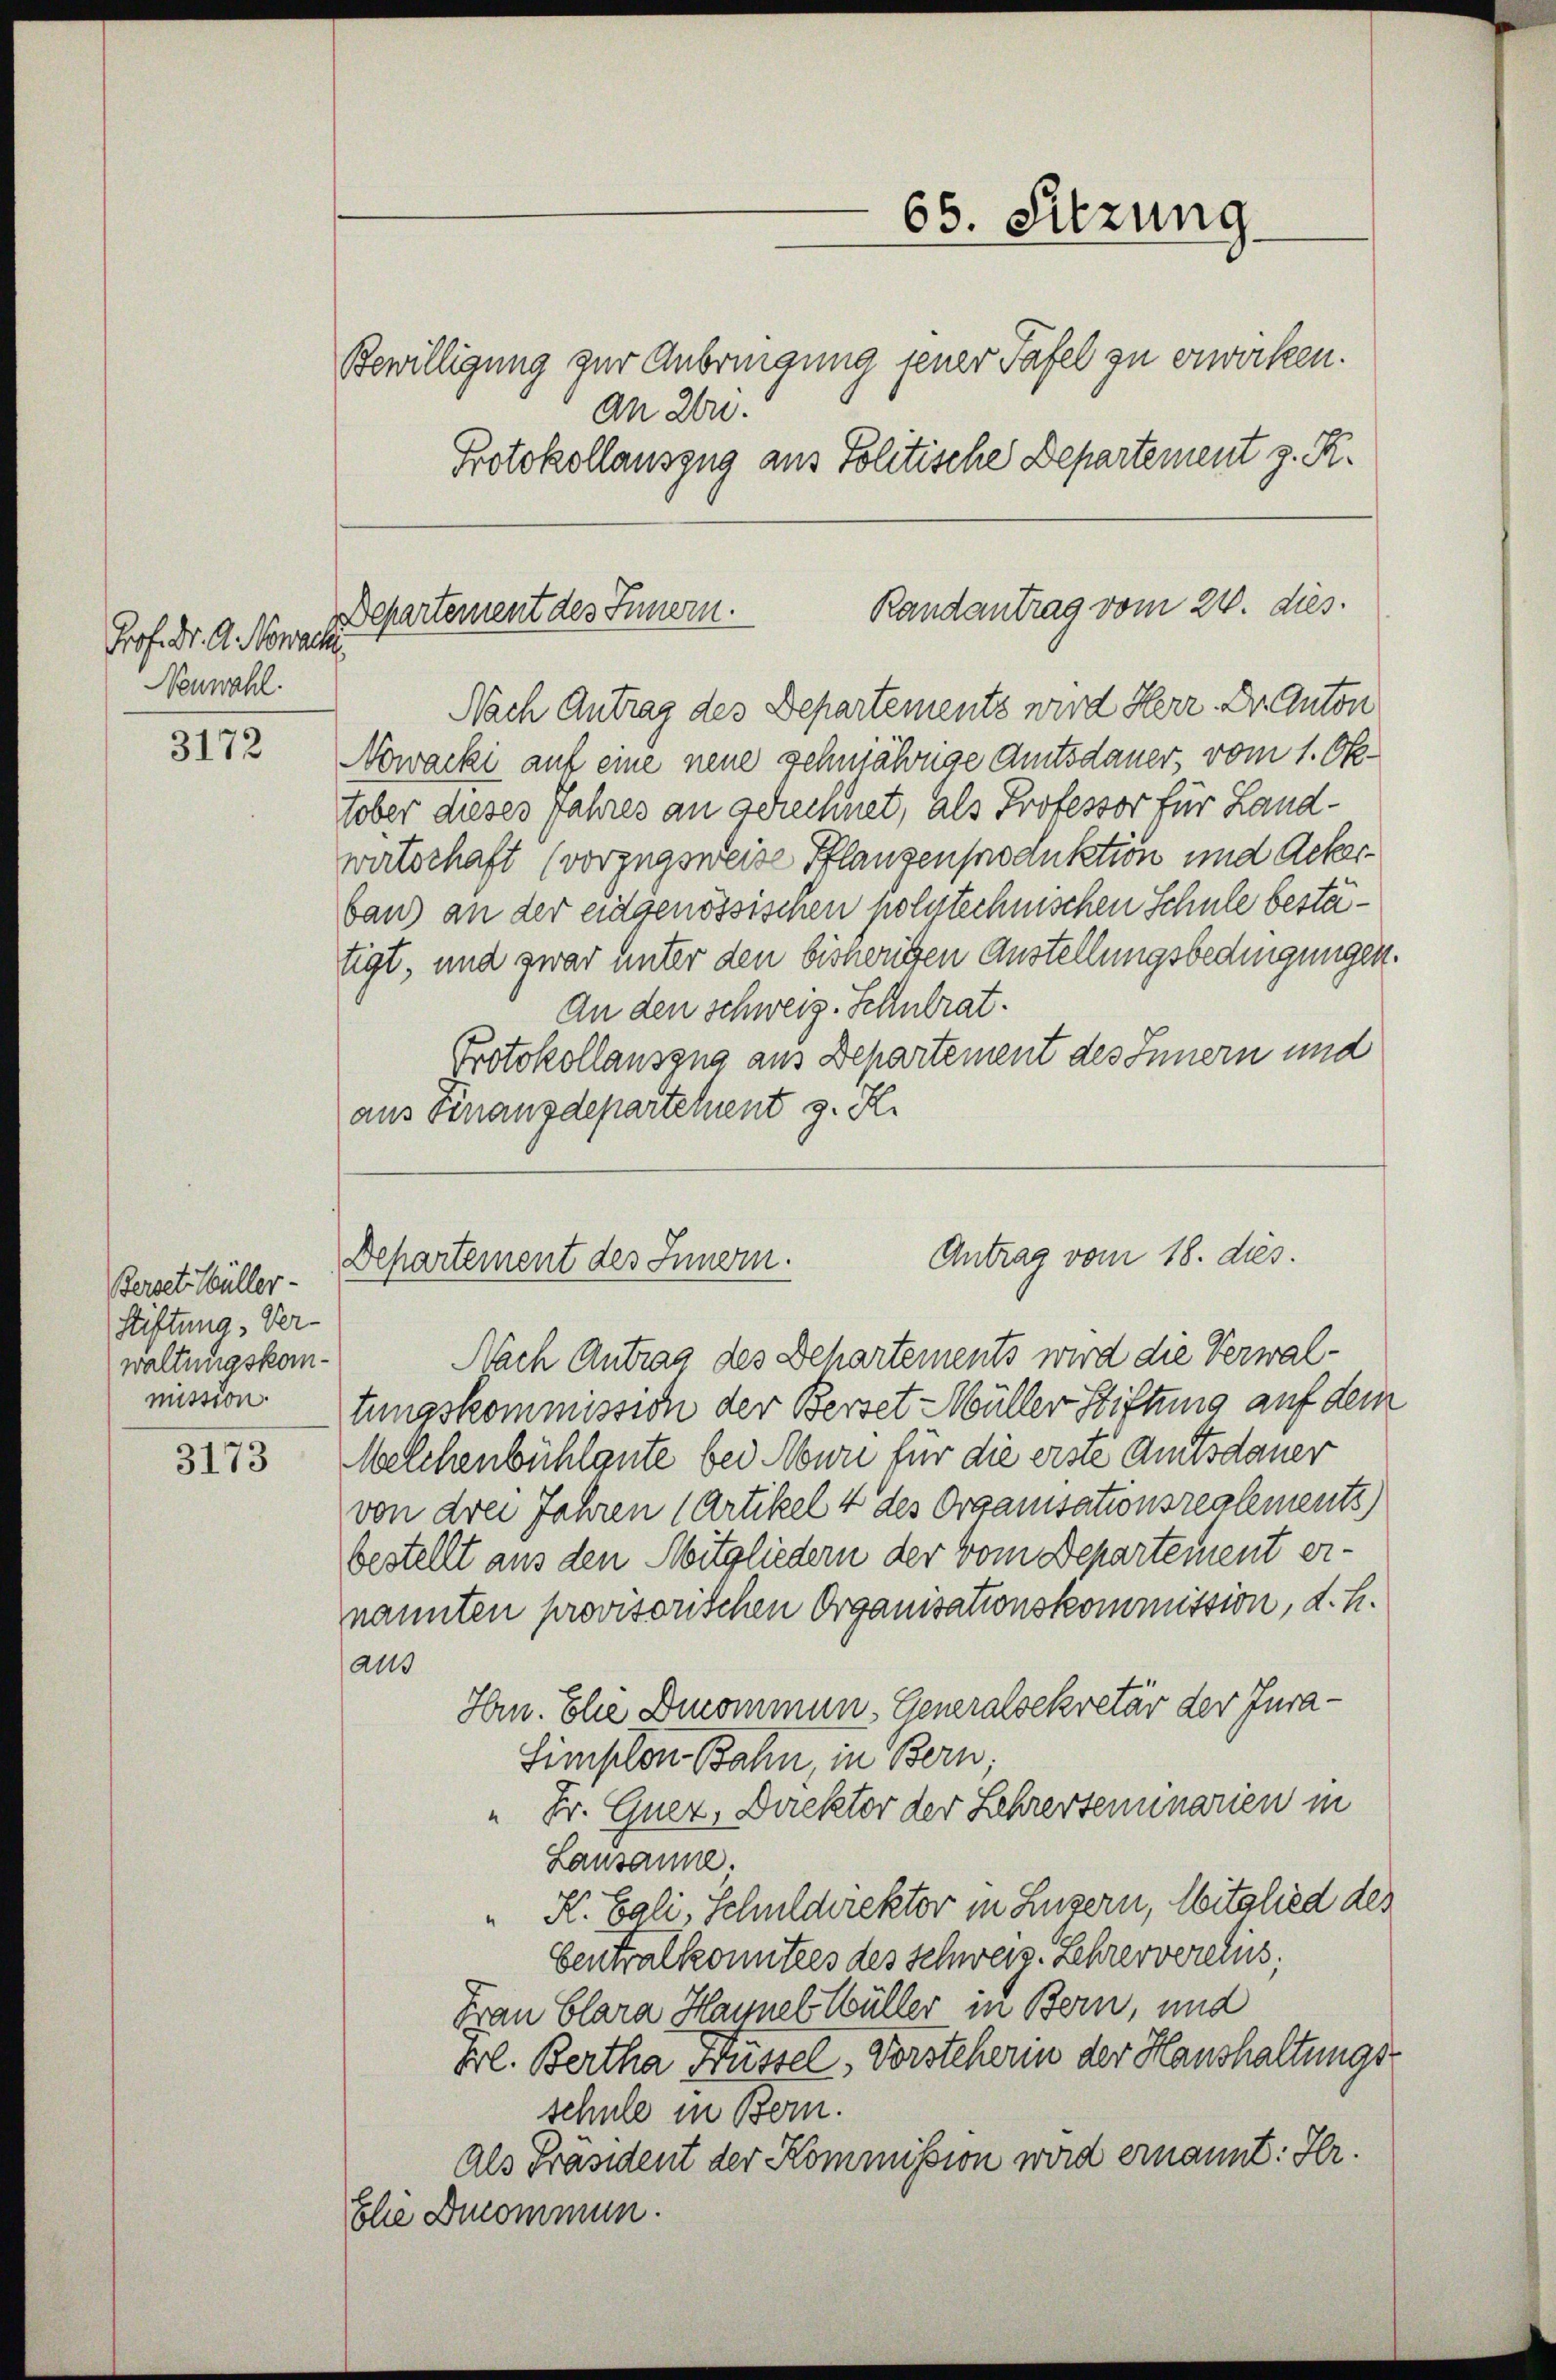
Prof. Dr. A. Nowach
Neuwahl.

3172

Berst Müller-
Stiftung, Ver-
waltungskommission.

3173

Bewilligung zur Anbringung jener Tafel zu erwirken.
An Zn.
Protokollauszug aus Politische Departement z. R.

Randantrag vom 24. dies
Departement des Innern.

Departement des Innern.

65. Sitzung.

Nach Antrag des Departements wird Herr Dr. Auton
Nowacki auf eine neue zehnjährige Amtsdauer, vom 1. Oktober dieses Jahres an schechnet, als Professor für Landwirtschaft (vorzugsweise Pflanzenproduktion und Ackerbaus an der eidgenössischen polytechnischen Schule bestätigt, und zwar unter den bisherigen Austellungsbedingungen.
An den schweiz. Schulrat.
Protokollauszug aus Departement des Innern und
aus Finanzdepartement z. R.
Antrag vom 18. dies.

Nach Antrag des Behartements wird die Verwaltungskommission der Berset Müller Stiftung auf dem
Melchenbühlgute bei Muri für die erste Amtsdauer
von drei Jahren (Artikel 4 des Organisationsreglements)
bestellt aus den Mitgliedern der vom Departement ernannten provisorischen Organisationskommission, d. h.
ato
Hrn. Elie Denommen, Generalsekretär der Jura-
Simplon Bahn, in Bern
" Dr. Guer, Direktor der Lehrerseminarien in
Lausanne,
K. Gali, Schuldirektor in Luzern, Mitglied des
bentralkomitees des Schweiz. Lehrerverelins.
Frau Clara Haunel Müller in Bern, und
Frl. Bertha Küssel, Vorsteherin der Haushaltungsschule in Bern.
Als Präsident der Kommission wird ernannt: Hr.
Elie Decommun.